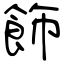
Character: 飾